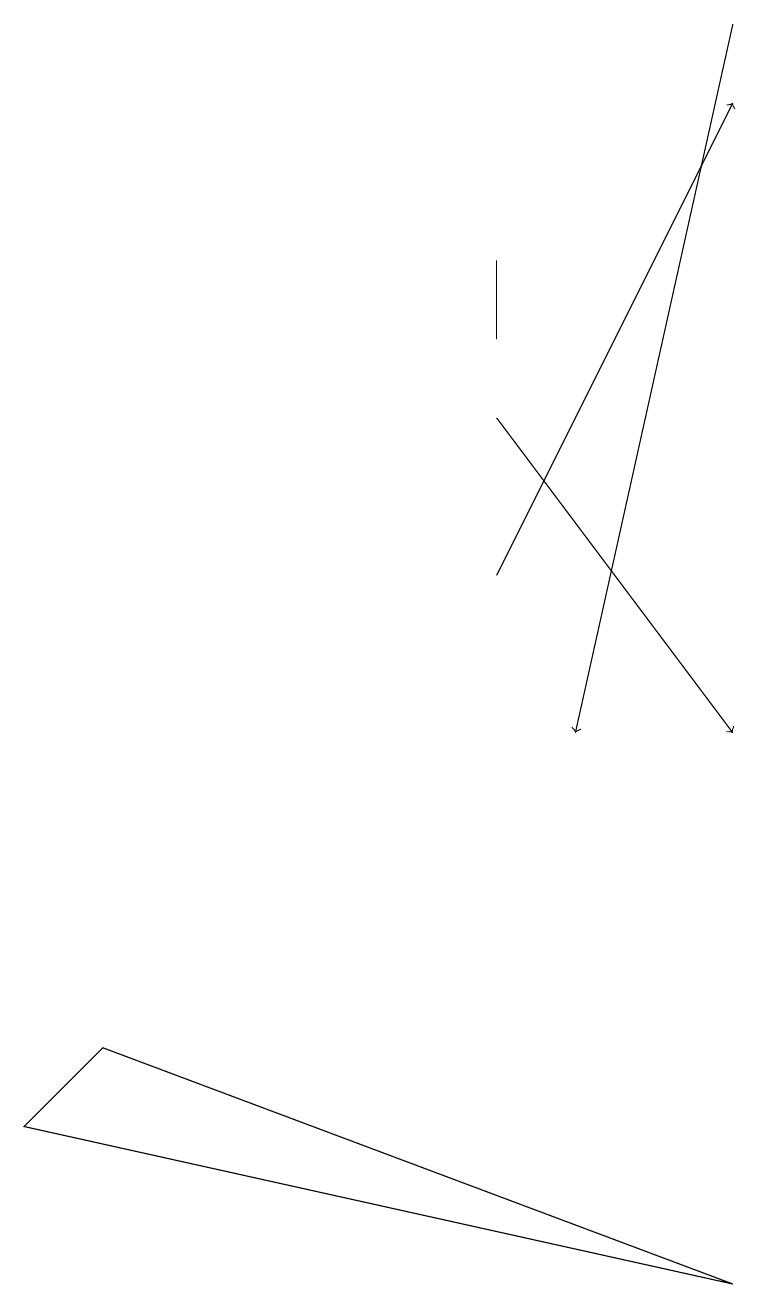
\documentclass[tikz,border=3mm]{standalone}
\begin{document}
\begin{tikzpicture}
\draw[->] (6,14) -- (9,10);
\draw[->] (9,19) -- (7,10);
\draw[->] (6,12) -- (9,18);
\draw (0,5) -- (1,6) -- (9,3) -- cycle;
\draw (6,15) rectangle (6,16);
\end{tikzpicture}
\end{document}